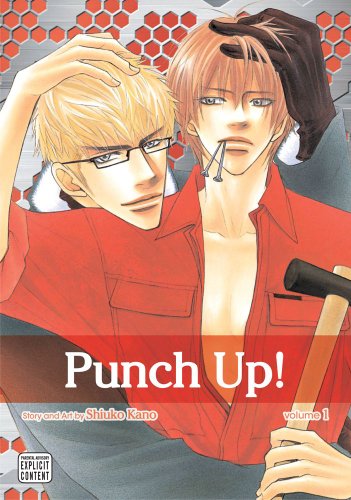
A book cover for Punch Up!, Vol. 1 (Yaoi Manga); Shiuko Kano; Comics & Graphic Novels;